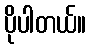
ပိုပါတယ်။